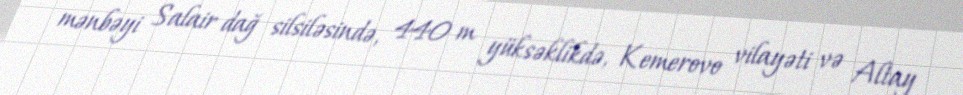
mənbəyi Salair dağ silsiləsində, 440 m yüksəklikdə, Kemerovo vilayəti və Altay